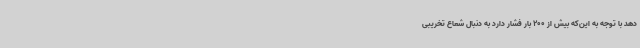
دهد با توجه به این‌که بیش از 200 بار فشار دارد به دنبال شعاع تخریبی